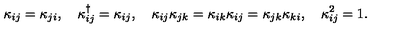
\kappa _ { i j } = \kappa _ { j i } , \quad \kappa _ { i j } ^ { \dagger } = \kappa _ { i j } , \quad \kappa _ { i j } \kappa _ { j k } = \kappa _ { i k } \kappa _ { i j } = \kappa _ { j k } \kappa _ { k i } , \quad \kappa _ { i j } ^ { 2 } = 1 .